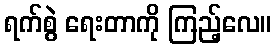
ရက်စွဲ ရေးတာကို ကြည့်လေ။